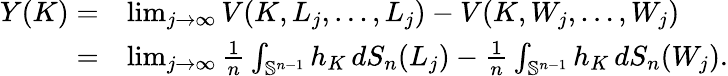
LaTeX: \begin{array}{rl}{Y(K)=}&{\operatorname*{lim}_{j\to\infty}V(K,L_{j},\dots,L_{j})-V(K,W_{j},\dots,W_{j})}\\ {=}&{\operatorname*{lim}_{j\to\infty}\frac{1}{n}\int_{\mathbb{S}^{n-1}}h_{K}\, dS_{n}(L_{j})-\frac{1}{n}\int_{\mathbb{S}^{n-1}}h_{K}\, dS_{n}(W_{j}).}\end{array}